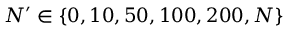
N ^ { \prime } \in \{ 0 , 1 0 , 5 0 , 1 0 0 , 2 0 0 , N \}